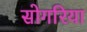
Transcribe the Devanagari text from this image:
सोगरिया